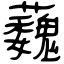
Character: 蘶